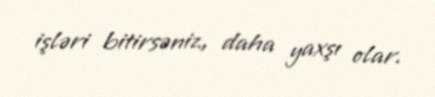
işləri bitirsəniz, daha yaxşı olar.